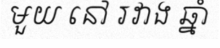
មួយ នៅ រវាង ឆ្នាំ